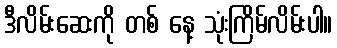
ဒီလိမ်းဆေးကို တစ် နေ့ သုံးကြိမ်လိမ်းပါ။